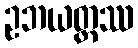
ဥဘယတ္ထဿ